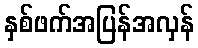
နှစ်ဖက်အပြန်အလှန်